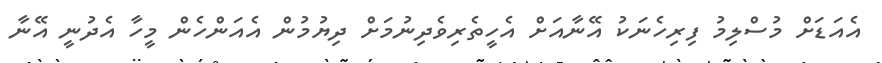
އެއަޑަށް މުސްލިމު ފިރިހެނަކު އޭނާއަށް އެހީތެރިވެދިނުމަށް ދިޔުމުން އެއަންހެން މީހާ އެދުނީ އޭނާ